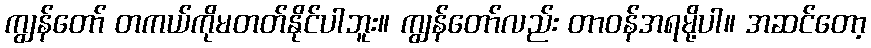
ကျွန်တော် တကယ်ကိုမတတ်နိုင်ပါဘူး။ ကျွန်တော်လည်း တာဝန်အရမို့ပါ။ အဆင်တော့